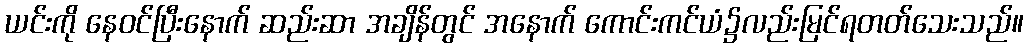
ယင်းကို နေဝင်ပြီးနောက် ဆည်းဆာ အချိန်တွင် အနောက် ကောင်းကင်ယံ၌လည်းမြင်ရတတ်သေးသည်။